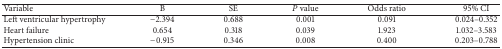
| Variable | B | SE | P value | Odds ratio | 95% CI |
 | --- | --- | --- | --- | --- | --- |
 | Left ventricular hypertrophy | −2.394 | 0.688 | 0.001 | 0.091 | 0.024–0.352 |
 | Heart failure | 0.654 | 0.318 | 0.039 | 1.923 | 1.032–3.583 |
 | Hypertension clinic | −0.915 | 0.346 | 0.008 | 0.400 | 0.203–0.788 |